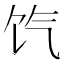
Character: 饩